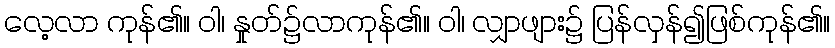
လေ့လာ ကုန်၏။ ဝါ၊ နှုတ်၌လာကုန်၏။ ဝါ၊ လျှာဖျား၌ ပြန်လှန်၍ဖြစ်ကုန်၏။